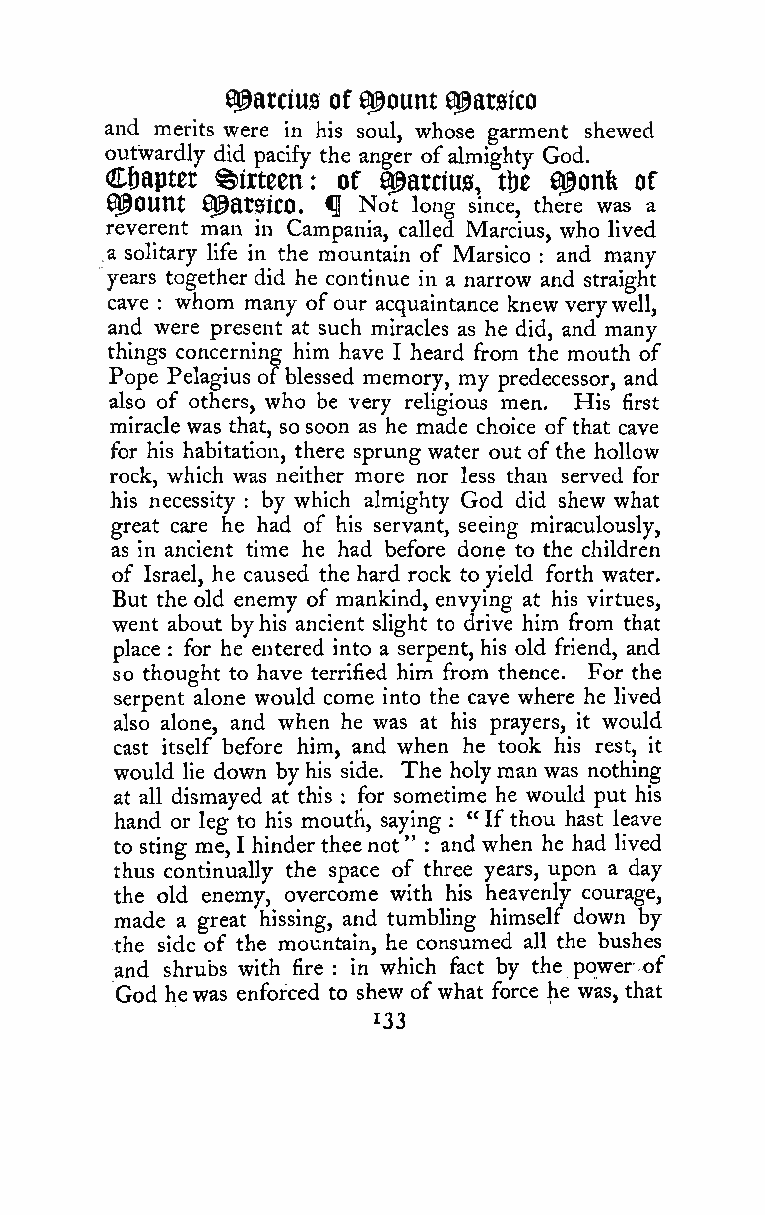
a^atcius of amount 0@at0ico
 and merits were in his soul, whose garment shewed
 outwardly did pacify the anger ofalmighty God.
 Chapter ^irteen: of Q^arcius, tbe 8@onfe of
 Q^OUnt Q^atSiCO, ^ Not long since, there was a
 reverent man in Campania, called Marcius, who lived
 .a solitary life in the mountain of Marsico and many
 :
 years together did he continue in a narrow and straight
 cave
 :
 whom many ofour acquaintance knew verywell,
 and were present at such miracles as he did, and many
 things concerning him have I heard from the mouth of
 Pope Pelagius ofblessed memory, my predecessor, and
 also of others, who be very religious men. His first
 miracle was that, so soon as he made choice ofthat cave
 for his habitation, there sprung water out of the hollow
 rock, which was neither more nor less than served for
 his necessity by which almighty God did shew what
 :
 great care he had of his servant, seeing miraculously,
 as in ancient time he had before done to the children
 of Israel, he caused the hard rock to yield forth water.
 But the old enemy of mankind, envying at his virtues,
 went about byhis ancient slight to drive him from that
 place for he entered into a serpent, his old friend, and
 :
 so thought to have terrified him from thence. For the
 serpent alone would come into the cave where he lived
 also alone, and when he was at his prayers, it would
 cast itself before him, and when he took his rest, it
 would lie down byhis side. The holyman was nothing
 at all dismayed at this : for sometime he would put his
 hand or leg to his mouth, saying " If thou hast leave
 :
 to sting me, I hinder theenot " : and when he had lived
 thus continually the space of three years, upon a day
 the old enemy, overcome with his heavenly courage,
 made a great hissing, and tumbling himself down by
 the side of the mountain, he consumed all the bushes
 and shrubs with fire : in which fact by the power of
 God hewas enforced to shew ofwhat force he was, that
 ^33